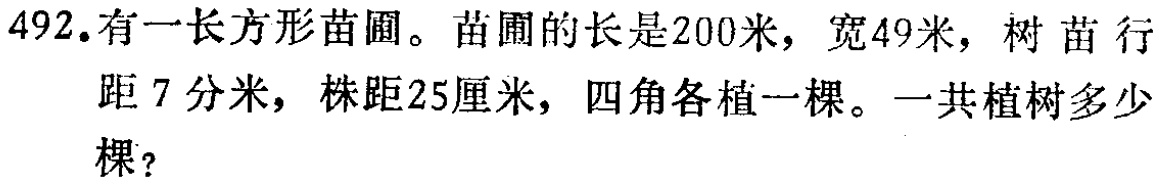
492. 有一长方形苗圃。苗圃的长是200米，宽49米，树苗行距7分米，株距25厘米，四角各植一棵。一共植树多少棵？